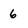
Character: 6